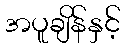
အပူချိန်နှင့်